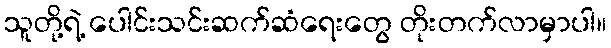
သူတို့ရဲ့ ပေါင်းသင်းဆက်ဆံရေးတွေ တိုးတက်လာမှာပါ။